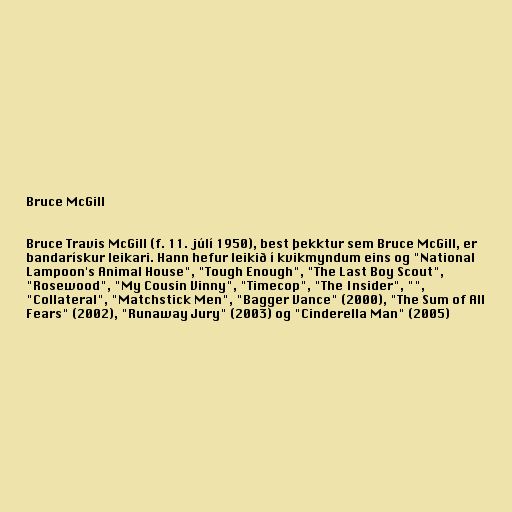
Bruce McGill

Bruce Travis McGill (f. 11. júlí 1950), best þekktur sem Bruce McGill, er
bandarískur leikari. Hann hefur leikið í kvikmyndum eins og "National
Lampoon's Animal House", "Tough Enough", "The Last Boy Scout",
"Rosewood", "My Cousin Vinny", "Timecop", "The Insider", "",
"Collateral", "Matchstick Men", "Bagger Vance" (2000), "The Sum of All
Fears" (2002), "Runaway Jury" (2003) og "Cinderella Man" (2005)